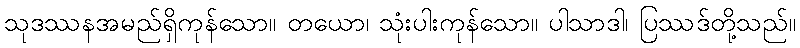
သုဒဿနအမည်ရှိကုန်သော။ တယော၊ သုံးပါးကုန်သော။ ပါသာဒါ၊ ပြဿဒ်တို့သည်။